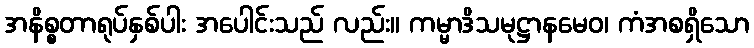
အနိစ္စတာရုပ်နှစ်ပါး အပေါင်းသည် လည်း။ ကမ္မာဒိသမုဋ္ဌာနမေဝ၊ ကံအစရှိသော